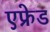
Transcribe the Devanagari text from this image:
एफ्रेड